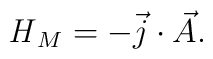
{\it H}_M = -  \vec{j}\cdot \vec{A}.